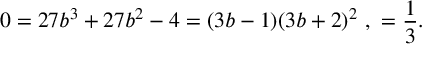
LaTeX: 0 = 2 7 b ^ { 3 } + 2 7 b ^ { 2 } - 4 = ( 3 b - 1 ) ( 3 b + 2 ) ^ { 2 } \ , \ \b = \frac { 1 } { 3 } .